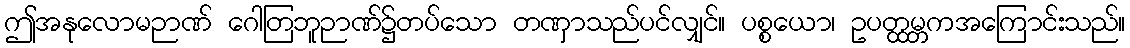
ဤအနုလောမဉာဏ် ဂေါတြဘူဉာဏ်၌တပ်သော တဏှာသည်ပင်လျှင်။ ပစ္စယော၊ ဥပတ္ထမ္ဘကအကြောင်းသည်။